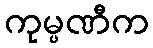
ကုမ္ပဏီက